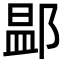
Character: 𨜵